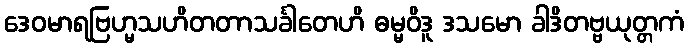
ဒေဝမာရဗြဟ္မသဟိတတာသင်္ခါတေဟိ ဓမ္မဝိဒူ ဒသမော ခါဒိတဗ္ဗယုတ္တကံ